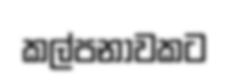
කල්පනාවකට